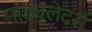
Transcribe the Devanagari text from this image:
माड्युलेटर्स